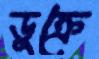
ডুক্‌রে